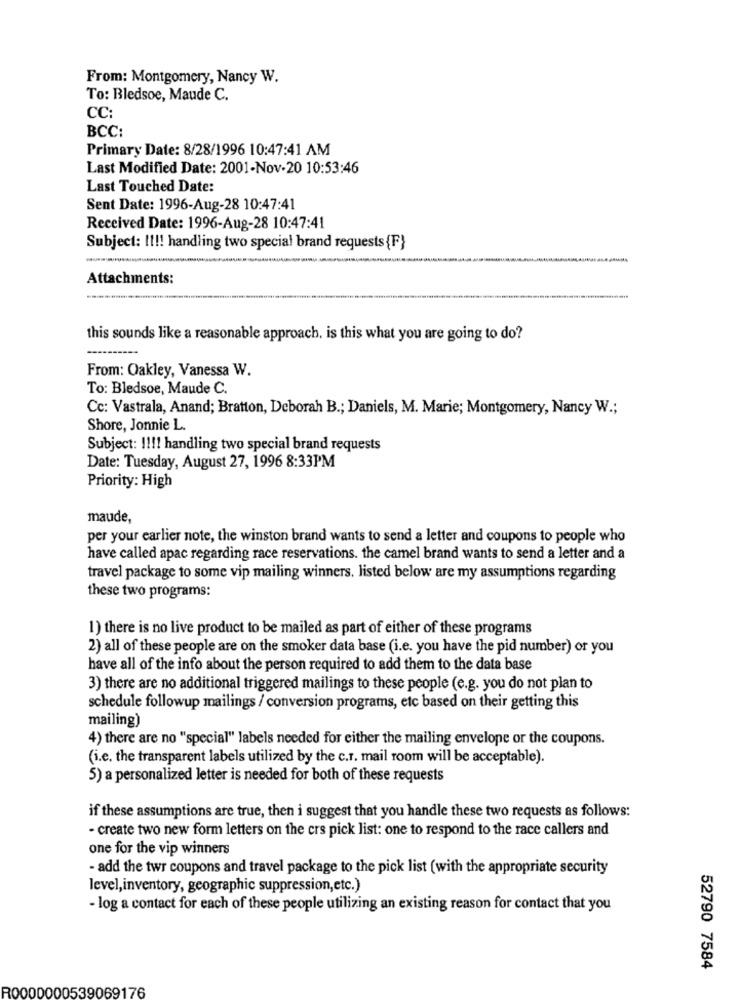
From: Montgomery, Nancy W.
To: Bledsoe, Maude C.
CC:
BCC:
Primary Date: 8/28/1996 10:47:41 AM
Last Modified Date: 2001-Nov-20 10:53:46
Last Touched Date:
Sent Date: 1996-Aug-28 10:47:41
Received Date: 1996-Aug-28 10:47:41
Subject: !!!! handling two special brand requests {F}
-
Attachments:
this sounds like a reasonable approach. is this what you are going to do?
From: Oakley, Vanessa W.
To: Bledsoe, Maude C.
Cc: Vastrala, Anand; Bratton, Deborah B .; Daniels, M. Marie; Montgomery, Nancy W .;
Shore, Jonnie L.
Subject: !!!! handling two special brand requests
Date: Tuesday, August 27, 1996 8:33PM
Priority: High
maude,
per your earlier note, the winston brand wants to send a letter and coupons to people who
have called apac regarding race reservations. the camel brand wants to send a letter and a
travel package to some vip mailing winners. listed below are my assumptions regarding
these two programs:
1) there is no live product to be mailed as part of either of these programs
2) all of these people are on the smoker data base (i.e. you have the pid number) or you
have all of the info about the person required to add them to the data base
3) there are no additional triggered mailings to these people (e.g. you do not plan to
schedule followup mailings / conversion programs, etc based on their getting this
mailing)
4) there are no "special" labels needed for either the mailing envelope or the coupons.
(i.e. the transparent labels utilized by the c.r. mail room will be acceptable).
5) a personalized letter is needed for both of these requests
if these assumptions are true, then i suggest that you handle these two requests as follows:
- create two new form letters on the crs pick list: one to respond to the race callers and
one for the vip winners
- add the twr coupons and travel package to the pick list (with the appropriate security
level, inventory, geographic suppression,etc.)
- log a contact for each of these people utilizing an existing reason for contact that you
52790 7584
R0000000539069176